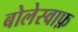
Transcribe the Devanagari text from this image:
बोलेस्वाफ़